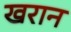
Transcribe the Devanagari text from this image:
खरान